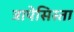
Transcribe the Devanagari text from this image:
त्रापेसिस्ता